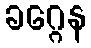
ခဂ္ဂေန